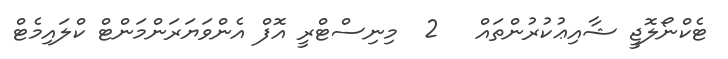
ޓެކްނޯލޮޖީ ޝާއިޢުކުރުންތައް   2  މިނިސްޓްރީ އޮފް އެންވަޔަރަންމަންޓް ކްލައިމެޓް